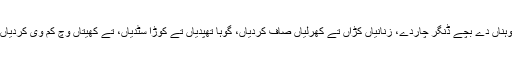
اُوہناں دے بچے ڈنگر چاردے، زنانیاں کُڑاں تے کھُرلیاں صاف کردیاں، گوہا تھپدیاں تے کُوڑا سُٹدیاں، تے کھیتاں وچ کم وی کردیاں۔